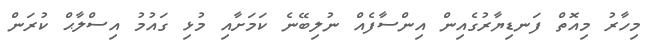
މިހާރު މިއޮތް ފަނޑިޔާރުގެއިން އިންސާފެއް ނުލިބޭނެ ކަމަށާއި މުޅި ގައުމު އިސްލާޙް ކުރަން